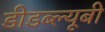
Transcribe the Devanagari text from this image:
डीडब्ल्यूबी